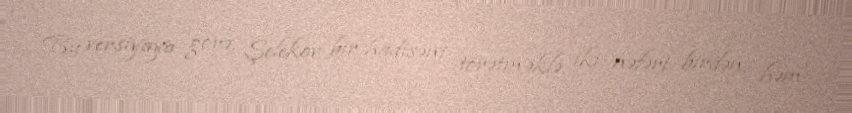
Bu versiyaya görə, Şelekov bir hadisəni törətməklə, iki nəfəri birdən, həm